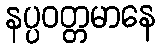
နပ္ပဝတ္တမာနေ